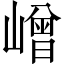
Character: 嶒